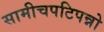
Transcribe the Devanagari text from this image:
सामीचपटिपन्नो